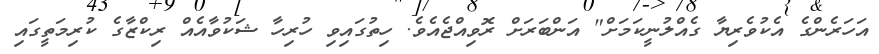
އަހަރެންގެ އެކުވެރިޔާ ގެއްލުނީކަމަށް" އަންބަރަށް ރޮވިއްޖެއެވެ. ހިތުގައިވި ހުރިހާ ޝަކުވާއެއް ރިކްޒާގެ ކުރިމަތީގައި